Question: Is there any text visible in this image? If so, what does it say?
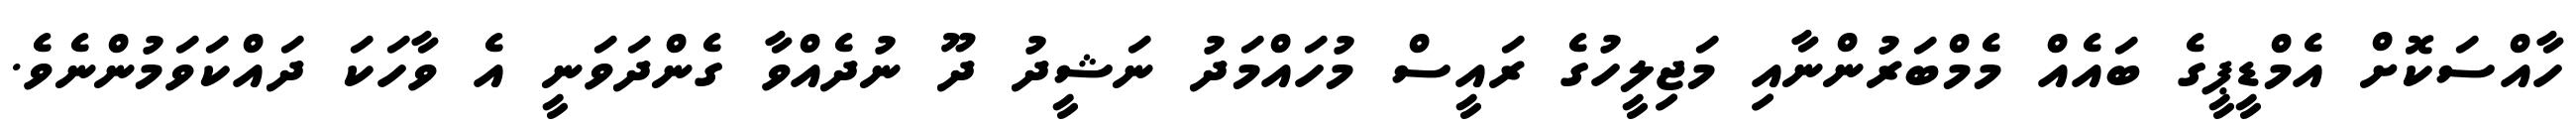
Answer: ހާއްސަކޮށް އެމްޑީޕީގެ ބައެއް މެމްބަރުންނާއި މަޖިލީހުގެ ރައީސް މުހައްމަދު ނަޝީދު ދޫ ނުދެއްވާ ގެންދަވަނީ އެ ވާހަކަ ދައްކަވަމުންނެވެ.